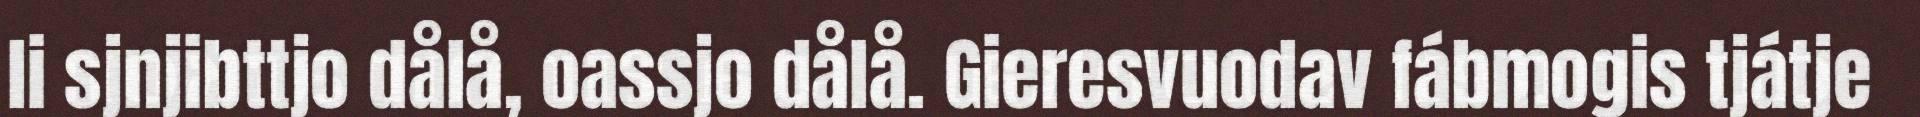
li sjnjibttjo dålå, oassjo dålå. Gieresvuodav fábmogis tjátje